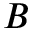
B